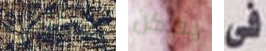
يمكنني يمكن فى